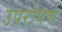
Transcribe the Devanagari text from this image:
उपरोपण